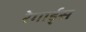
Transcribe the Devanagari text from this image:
रेगार्ड्स